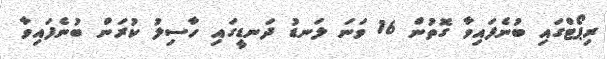
ރިޕޯޓްގައި ބުނެފައިވާ ގޮތުން 16 ވަނަ ލަނޑު ދަނޑީގައި ހާސިލު ކުރަން ބުނެފައިވާ